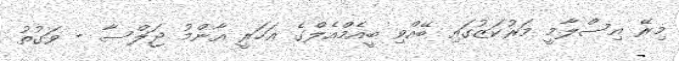
މިރޭ އިސްލާމީ މަރުކަޒުގައި ބޭއްވި ބީއެމްއެލްގެ އަހަރީ އާންމު ޖަލްސާ - ވަގުތު